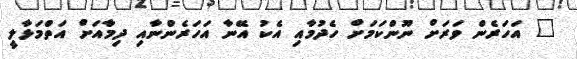
" އަހަރެން ވަރަށް ނޫންކަމަށް ހެދުމާއި އެކު އޭނާ އަހަރެންނާއި ދިމާއަށް އަތްމަޅާލީ